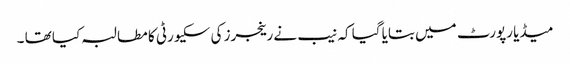
میڈیا رپورٹ میں بتایا گیا کہ نیب نے رینجرز کی سکیورٹی کا مطالبہ کیا تھا ۔